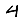
Digit: 4